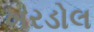
ખરડોલ